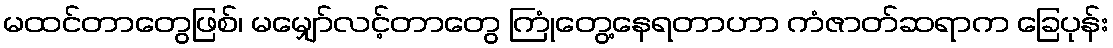
မထင်တာတွေဖြစ်၊ မမျှော်လင့်တာတွေ ကြုံတွေ့နေရတာဟာ ကံဇာတ်ဆရာက ခြေပုန်း